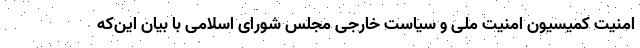
امنیت کمیسیون امنیت ملی و سیاست خارجی مجلس شورای اسلامی با بیان این‌که